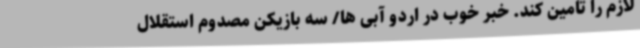
لازم را تامین کند. خبر خوب در اردو آبی ها/ سه بازیکن مصدوم استقلال